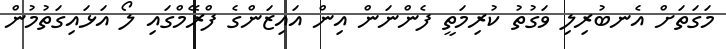
މަގަތަށް އެނބުރިލި ވަގުތު ކުރިމަތީ ފެންނަން އިން އައިޒަންގެ ފްރޭމްގައި ލޯ އަޅައިގަތުމުން